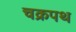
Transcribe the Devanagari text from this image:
चक्रपथ